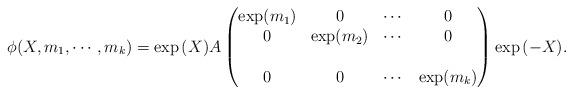
LaTeX: \begin{align*} \phi(X,m_1, \cdots, m_k) =\exp{(X)}A \begin{pmatrix} \exp( { m_1 }) & 0 & \cdots & 0 \\ 0 & \exp( { m_2}) & \cdots &0 \\\\ 0& 0 & \cdots & \exp ({m_k)}\end{pmatrix} \exp{(-X)}.\end{align*}